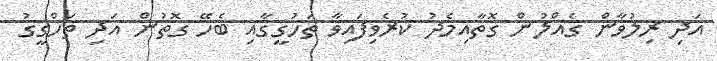
އަދި ރިލުވާން ގެއްލުން ގޮތާއިމެދު ކުރެވިފައިވާ ތަހުގީގާއި ބެހޭ ގޮތުން އަދި ތަހްގީގު